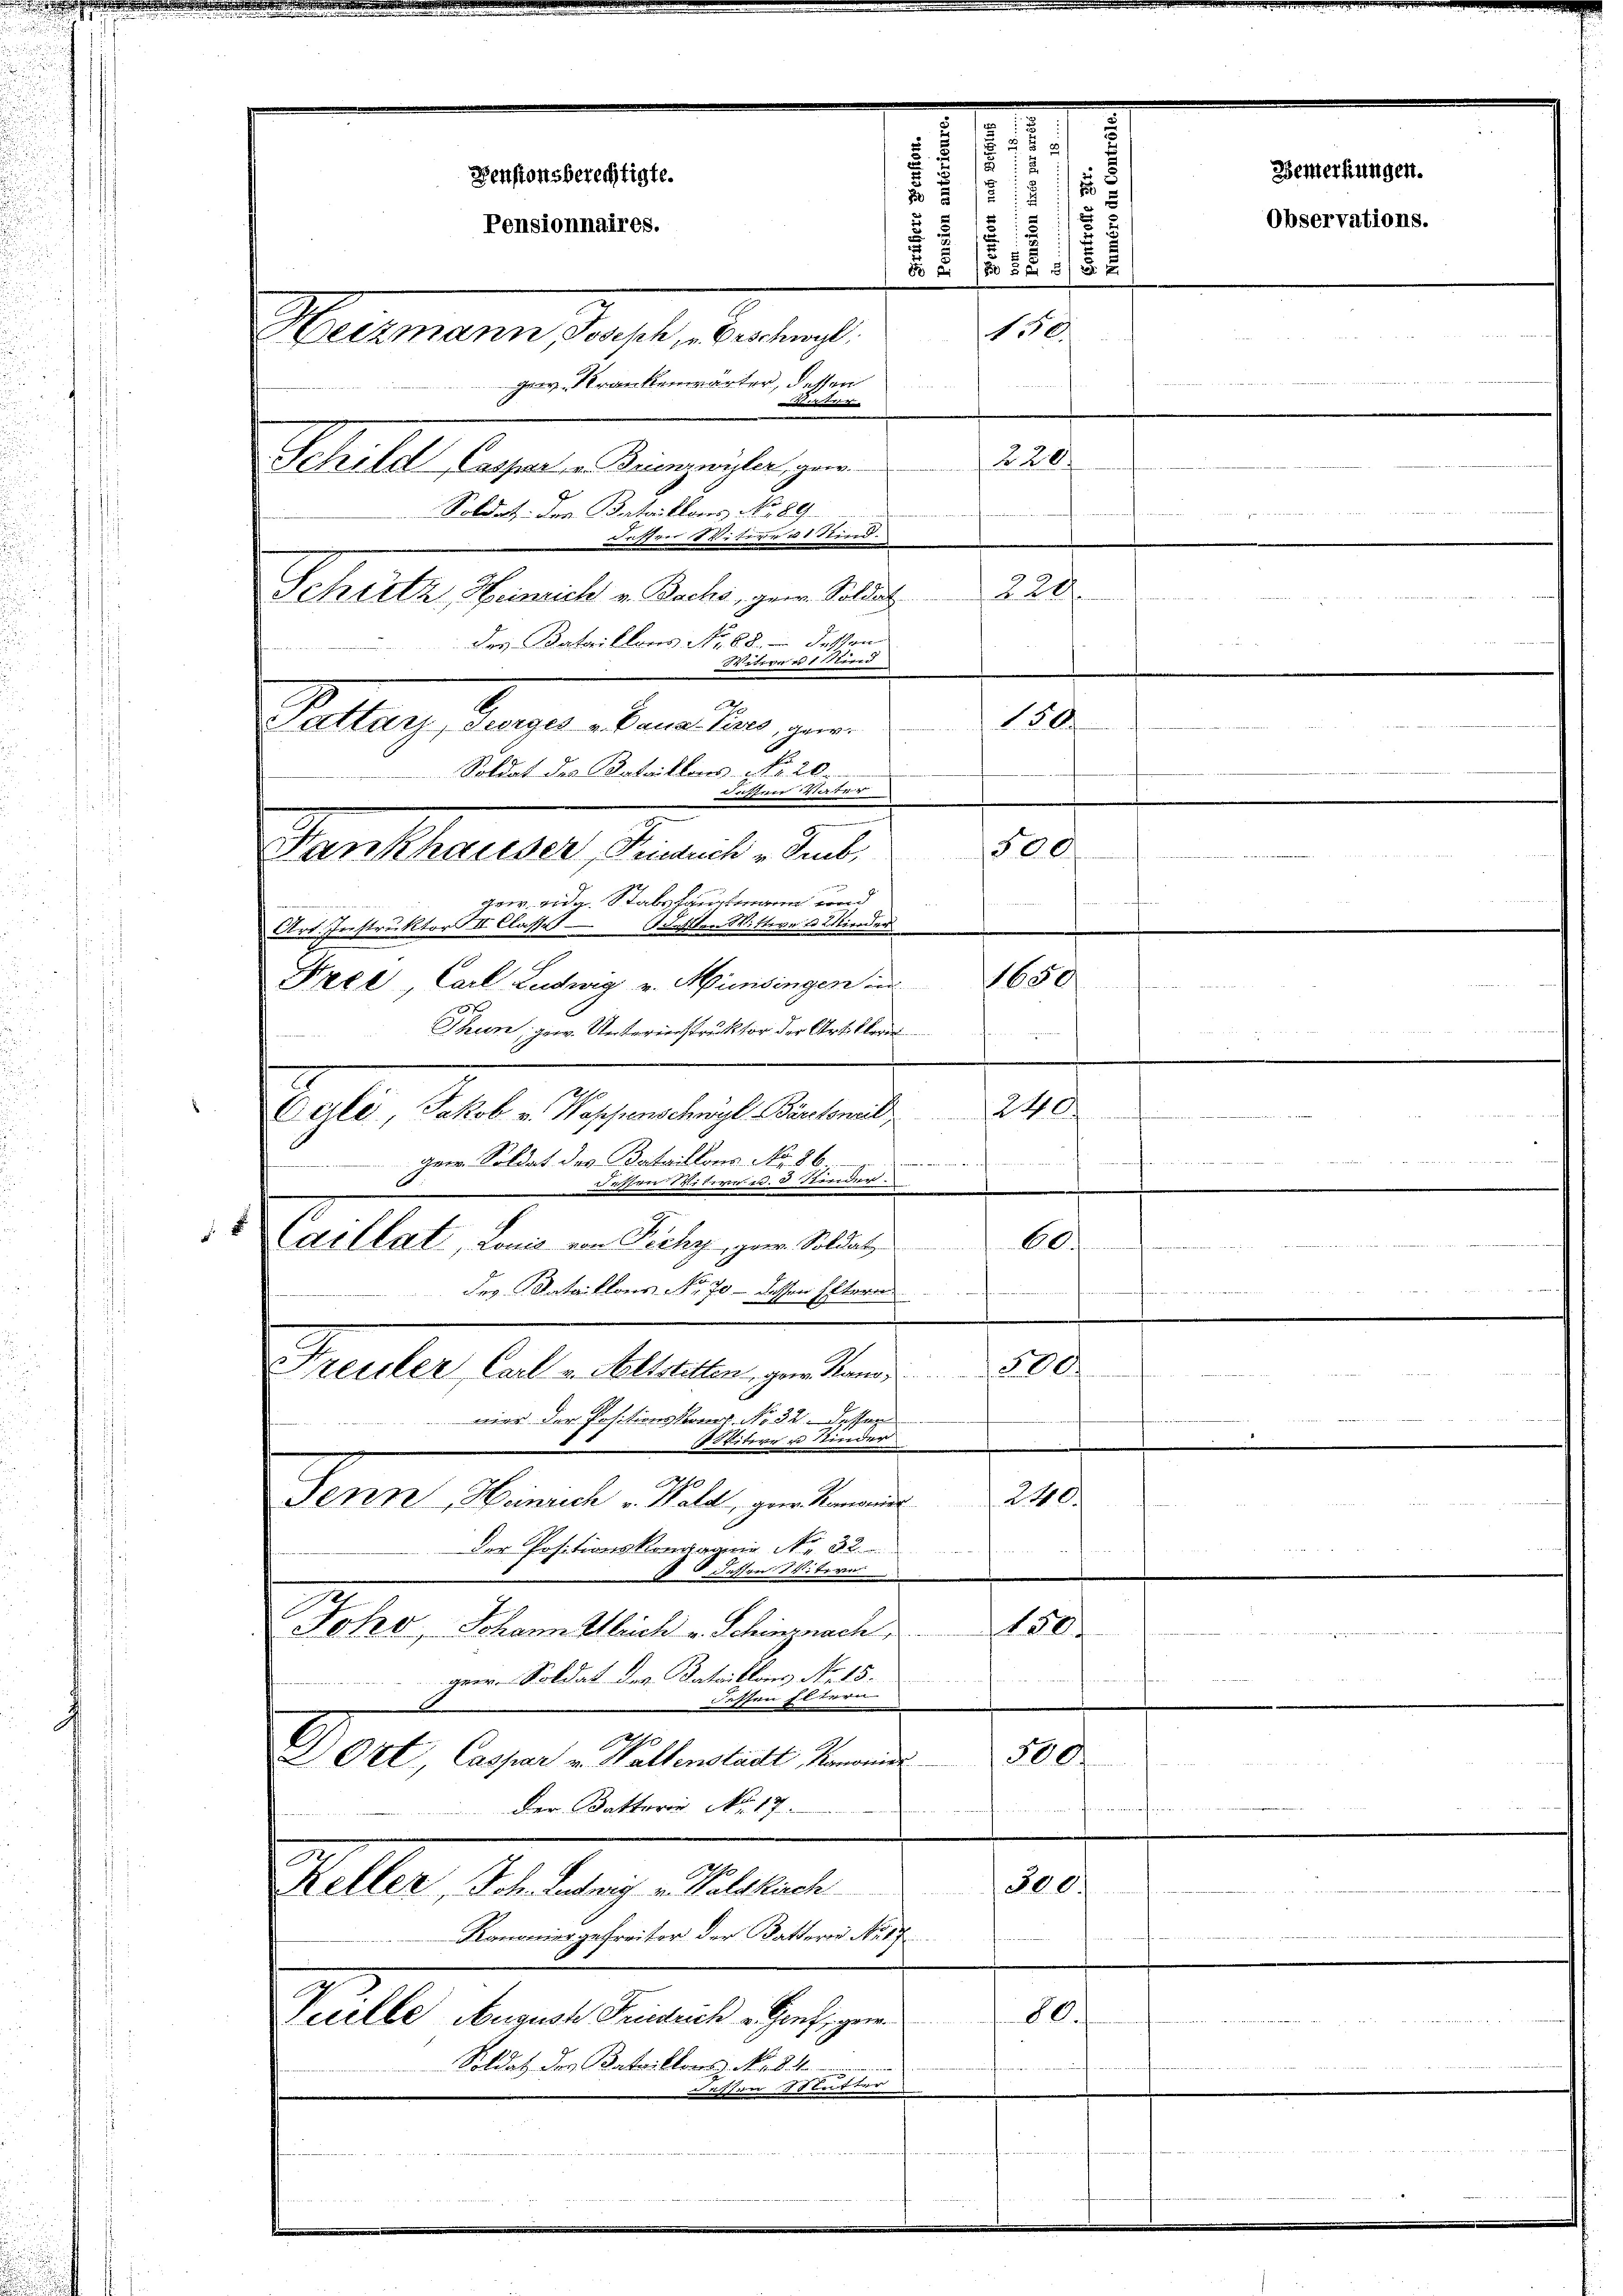
x
Kreister Carl v. Aeltstetten, gern Stand 500.
 war der Positionskant. No 32 dessor
Witwer Stinde
240.
Senn, Heinrich v. Wald, zur Romanis
Der Positionskompagnie Nr. 32.
 19
dessen. Weiteren
150.
Joho, Schann leich v. Schinznach

ger. Soldat des Kataillons No 15.
e
dassen Elteren
0
u Ort, Caspar v. Waltenstadt, Namend
Der Kattori No 17.
wenn ich mich zu verlichen Rechts
300.
Keller, Joh. Ludwig v. Halskirch
Komonier gefreiter der Battern No 17
80.
Puelle August Friedrich - Genf, ger
Soldat des Bataillons No 484.
sten Slutter

5
d
.
Bemerkungen.
Pensionsberechtigte.
u
s
1
1
x
Observations.
i
Pensionnaires.
2
5. 2
8 S 805 x
150.
Heizmann, Joseph, Beschigl.
gem. Krankenwärter, dessen
 85. 575. 35
220.
Schild Casparta Benzwyler, ge
.
Soldet: Der Bataillons No 89.
utter Weitern u. Kind.
229.
Schütz, Heinrich v. Bacho, genen Soldat
des Bataillons No 68 dessen
erteren 1 ered
150
1
Soldat des Kataillons No 20
Besserer Wert
520
Hankhauser Frauch v. Sub.

ger eide Stabshauptmann und
Art. Instruktor III Classe Bitten Wittwe u Minder
1650
Free, Carl Ludwig v. Münsingen ind
Bittstetter 18
Thun, gew. Unterinstruktor der Artillerie
t

e
e
Geld, Jakob v. Wassenschwyl Barconcil
240
222 234
des Herrn Re
Herr. Soldat des Bataillons No. 86
n
e dasser der Bevor 8 Stunder
.
h
C.
Caellat, Louis von Zichy, zur Soldat

Feg. Rataillons No. 70. — Dassen Eltern
e

Pattarz, Turges Cana Pers, gewe